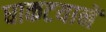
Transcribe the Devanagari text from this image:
धाकटयानें